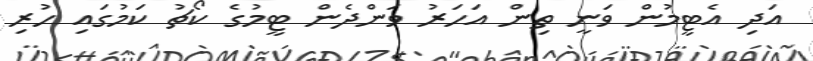
އަދި އެޓީމުން ވަނީ ތިން އަހަރު ވަންދެން ޓީމުގެ ކޯޗު ކަމުގައި ހުރި